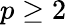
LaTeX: p\geq 2